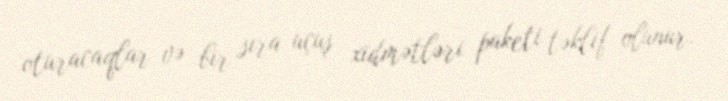
oturacaqlar və bir sıra uçuş xidmətləri paketi təklif olunur.